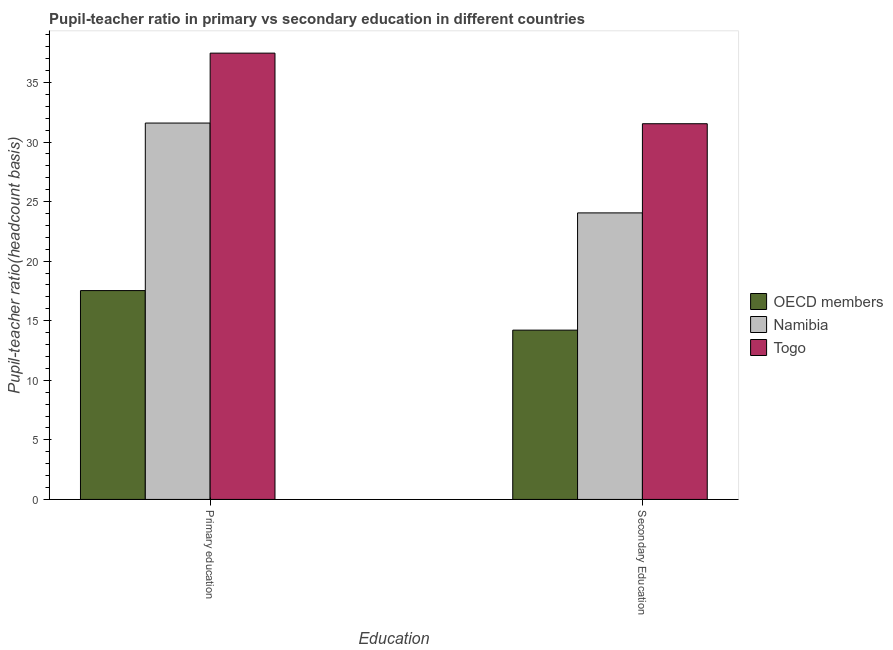
| Education | OECD members | Namibia | Togo |
 | --- | --- | --- | --- |
 | Primary education | 17.5 | 31.6 | 37.5 |
 | Secondary Education | 14.2 | 24.1 | 31.5 |